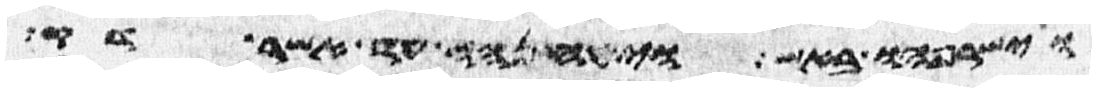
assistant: וישרפהו באש ויטנחהו עד אשר דק